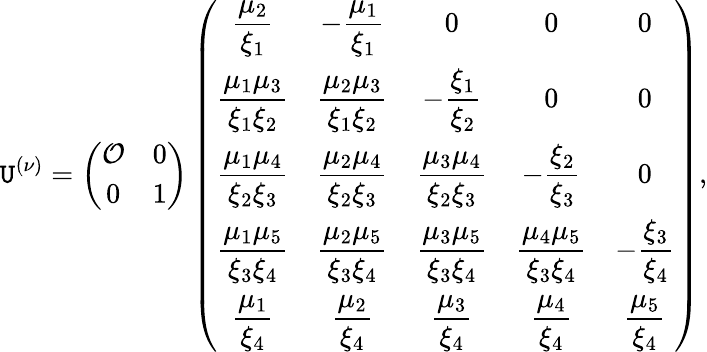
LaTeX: \mathtt{U}^{(\nu)}=\left(\begin{array}{cc}{{{\cal O}}}&{{0}}\\ {{0}}&{{1}}\end{array}\right)\left(\begin{array}{ccccc}{{\displaystyle{{\frac{\mu_{2}}{\xi_{1}}}}}}&{{\displaystyle{-{\frac{\mu_{1}}{\xi_{1}}}}}}&{{0}}&{{0}}&{{0}}\\ {{\displaystyle{{\frac{\mu_{1}\mu_{3}}{\xi_{1}\xi_{2}}}}}}&{{\displaystyle{{\frac{\mu_{2}\mu_{3}}{\xi_{1}\xi_{2}}}}}}&{{\displaystyle{-{\frac{\xi_{1}}{\xi_{2}}}}}}&{{0}}&{{0}}\\ {{\displaystyle{{\frac{\mu_{1}\mu_{4}}{\xi_{2}\xi_{3}}}}}}&{{\displaystyle{{\frac{\mu_{2}\mu_{4}}{\xi_{2}\xi_{3}}}}}}&{{\displaystyle{{\frac{\mu_{3}\mu_{4}}{\xi_{2}\xi_{3}}}}}}&{{\displaystyle{-{\frac{\xi_{2}}{\xi_{3}}}}}}&{{0}}\\ {{\displaystyle{{\frac{\mu_{1}\mu_{5}}{\xi_{3}\xi_{4}}}}}}&{{\displaystyle{{\frac{\mu_{2}\mu_{5}}{\xi_{3}\xi_{4}}}}}}&{{\displaystyle{{\frac{\mu_{3}\mu_{5}}{\xi_{3}\xi_{4}}}}}}&{{\displaystyle{{\frac{\mu_{4}\mu_{5}}{\xi_{3}\xi_{4}}}}}}&{{\displaystyle{-{\frac{\xi_{3}}{\xi_{4}}}}}}\\ {{\displaystyle{{\frac{\mu_{1}}{\xi_{4}}}}}}&{{\displaystyle{{\frac{\mu_{2}}{\xi_{4}}}}}}&{{\displaystyle{{\frac{\mu_{3}}{\xi_{4}}}}}}&{{\displaystyle{{\frac{\mu_{4}}{\xi_{4}}}}}}&{{\displaystyle{{\frac{\mu_{5}}{\xi_{4}}}}}}\end{array}\right),